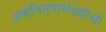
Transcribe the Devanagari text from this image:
अस्तित्वासंबंधीची